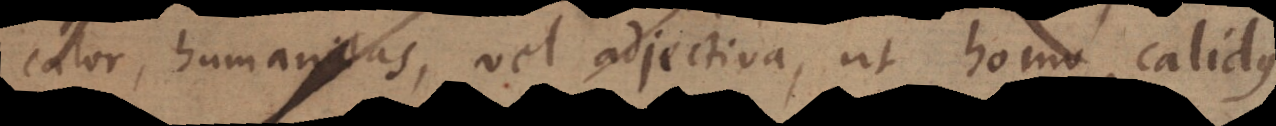
calor, humanitas, vel adjectiva, ut homo, calidus